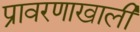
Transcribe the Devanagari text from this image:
प्रावरणाखाली